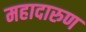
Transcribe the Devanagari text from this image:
महादारुण